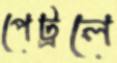
পেট্রলে